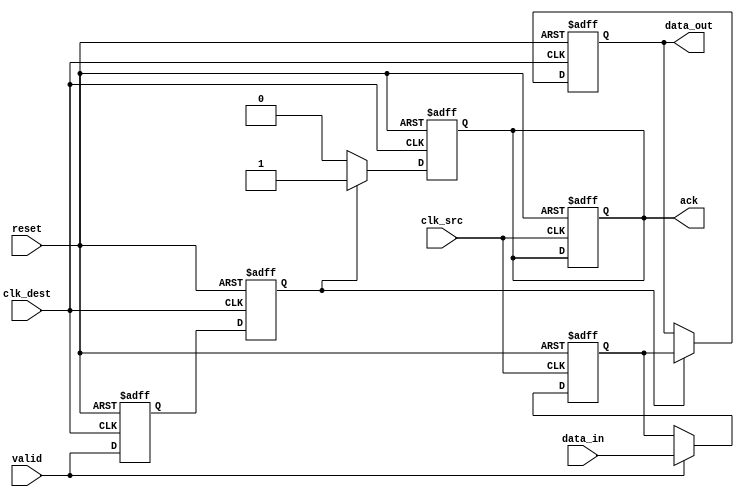
module MemoryBlocksHandshakeSynchronizer #(
    parameter DATA_WIDTH = 8 // Parameter for data width
)(
    input wire clk_src,          // Source clock
    input wire clk_dest,         // Destination clock
    input wire reset,            // Asynchronous reset
    input wire [DATA_WIDTH-1:0] data_in, // Data input from source clock domain
    input wire valid,            // Valid signal indicating data_in is valid
    output reg [DATA_WIDTH-1:0] data_out, // Synchronized data output to destination clock domain
    output reg ack              // Acknowledgment signal from destination clock domain
);

    // Internal signals for synchronization
    reg valid_sync_1, valid_sync_2; // Synchronization registers for valid signal
    reg [DATA_WIDTH-1:0] data_buffer; // Buffer to hold data until acknowledged

    // Source clock domain logic
    always @(posedge clk_src or posedge reset) begin
        if (reset) begin
            data_buffer <= 0;
            ack <= 0;
        end else if (valid) begin
            data_buffer <= data_in; // Store incoming data
        end
    end

    // Destination clock domain logic
    always @(posedge clk_dest or posedge reset) begin
        if (reset) begin
            data_out <= 0;
            ack <= 0;
            valid_sync_1 <= 0;
            valid_sync_2 <= 0;
        end else begin
            // Synchronize the valid signal using dual flip-flop synchronizer
            valid_sync_1 <= valid; // First stage of synchronization
            valid_sync_2 <= valid_sync_1; // Second stage of synchronization

            // Check if the synchronized valid signal is high
            if (valid_sync_2) begin
                data_out <= data_buffer; // Transfer data to output
                ack <= 1; // Acknowledge receipt of data
            end else if (ack) begin
                ack <= 0; // De-assert ack after data is processed
            end
        end
    end

endmodule